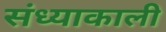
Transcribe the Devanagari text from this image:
संध्याकाली